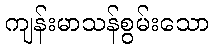
ကျန်းမာသန်စွမ်းသော